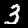
Digit: 3